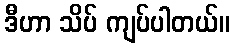
ဒီဟာ သိပ် ကျပ်ပါတယ်။